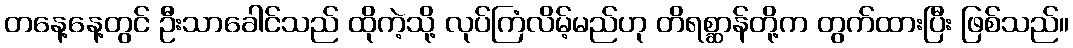
တနေ့နေ့တွင် ဦးသာခေါင်သည် ထိုကဲ့သို့ လုပ်ကြံလိမ့်မည်ဟု တိရစ္ဆာန်တို့က တွက်ထားပြီး ဖြစ်သည်။